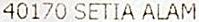
40170 SETIA ALAM